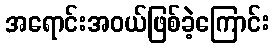
အရောင်းအဝယ်ဖြစ်ခဲ့ကြောင်း